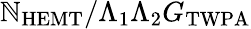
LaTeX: {\mathbb{N}_{\mathrm{{HEMT}}}}/{\Lambda_{1}\Lambda_{2}G_{\mathrm{{TWPA}}}}